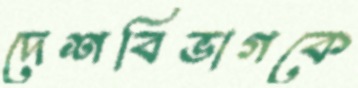
দেশবিভাগকে